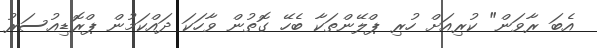
އެބަ ރާވަން" ކުރިއަށް ހުރި ޕްލޭންތަކާ ބެހޭ ގޮތުން ވާހަކަ ދައްކަމުން ޕްރޮޑިއުސަރު